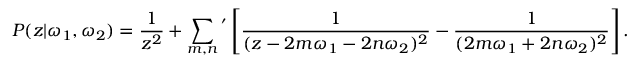
{ \cal P } ( z | \omega _ { 1 } , \omega _ { 2 } ) = \frac { 1 } { z ^ { 2 } } + \sum _ { m , n } { } ^ { ' } \left[ \frac { 1 } { ( z - 2 m \omega _ { 1 } - 2 n \omega _ { 2 } ) ^ { 2 } } - \frac { 1 } { ( 2 m \omega _ { 1 } + 2 n \omega _ { 2 } ) ^ { 2 } } \right] .